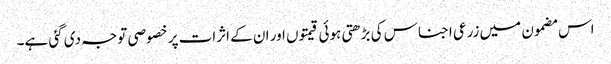
اس مضمون میں زرعی اجناس کی بڑھتی ہوئی قیمتوں اور ان کے اثرات پر خصوصی توجہ دی گئی ہے۔